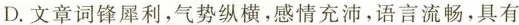
D.文章词锋犀利，气势纵横，感情充沛，语言流畅，具有